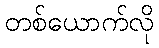
တစ်ယောက်လို